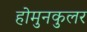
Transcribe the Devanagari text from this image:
होमुनकुलर